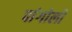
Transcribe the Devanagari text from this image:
पांगोली